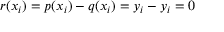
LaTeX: r ( x _ { i } ) = p ( x _ { i } ) - q ( x _ { i } ) = y _ { i } - y _ { i } = 0